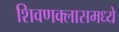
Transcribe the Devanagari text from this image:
शिवणक्लासमध्ये